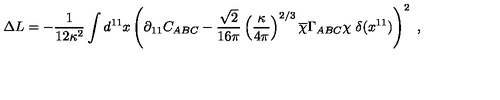
\Delta L = - { \frac { 1 } { 1 2 \kappa ^ { 2 } } } \int d ^ { 1 1 } x \left( \partial _ { 1 1 } C _ { A B C } - { \frac { \sqrt { 2 } } { 1 6 \pi } } \left( { \frac { \kappa } { 4 \pi } } \right) ^ { 2 / 3 } \overline { { \chi } } \Gamma _ { A B C } \chi \ \delta ( x ^ { 1 1 } ) \right) ^ { 2 } \ ,